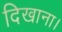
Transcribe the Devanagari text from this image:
दिखाना।